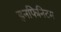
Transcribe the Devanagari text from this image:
इनफिनिटम